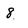
Character: 8